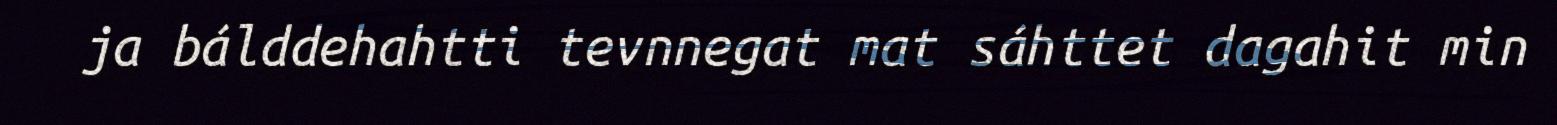
ja bálddehahtti tevnnegat mat sáhttet dagahit min